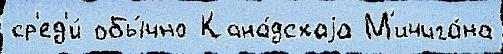
ср'ед'и́ обы́чно Кана́дскаjа М'ичига́на